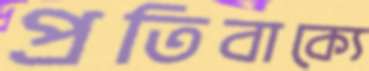
প্রতিবাক্যে